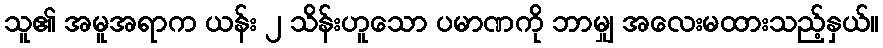
သူ၏ အမူအရာက ယန်း ၂ သိန်းဟူသော ပမာဏကို ဘာမျှ အလေးမထားသည့်နှယ်။